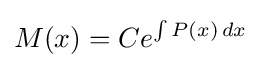
M(x)=Ce^{\int P(x)\,dx}